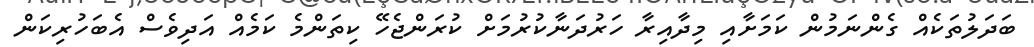
ބަދަލުތަކެއް ގެންނަމުން ކަމަށާއި މިދާއިރާ ހަރުދަނާކުރުމަށް ކުރަންޖެހޭ ކިތަންމެ ކަމެއް އަދިވެސް އެބަހުރިކަން